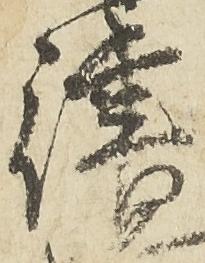
律